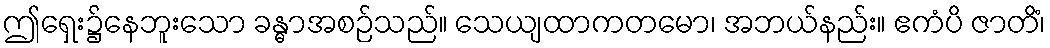
ဤရှေး၌နေဘူးသော ခန္ဓာအစဉ်သည်။ သေယျထာကတမော၊ အဘယ်နည်း။ ဧကံပိ ဇာတိံ၊